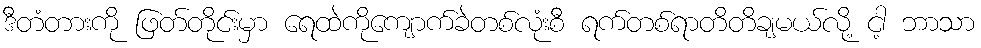
ဒီတံတားကို ဖြတ်တိုင်းမှာ ရေထဲကိုကျောက်ခဲတစ်လုံးစီ ရက်တစ်ရာတိတိချမယ်လို့ ငါ့ ဘာသာ